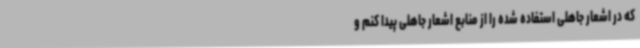
که در اشعار جاهلی استفاده شده را از منابع اشعار جاهلی پیدا کنم‌ و